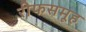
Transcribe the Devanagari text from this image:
रीफसमूह